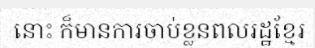
នោះ ក៏មានការចាប់ខ្លួនពលរដ្ឋខ្មែរ